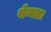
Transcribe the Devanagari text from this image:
थेन्मला